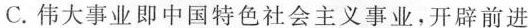
C. 伟大事业即中国特色社会主义事业，开辟前进